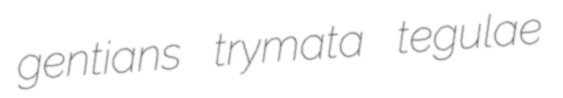
gentians trymata tegulae